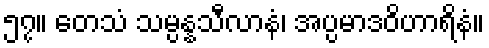
၅၇။ တေသံ သမ္ပန္နသီလာနံ၊ အပ္ပမာဒဝိဟာရိနံ။